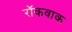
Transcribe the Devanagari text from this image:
रॉकवाक